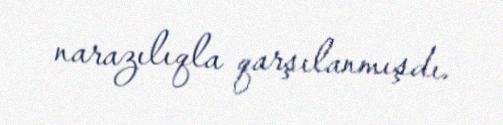
narazılıqla qarşılanmışdı.